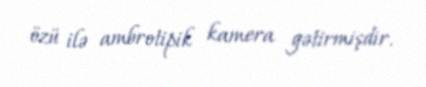
özü ilə ambrotipik kamera gətirmişdir.